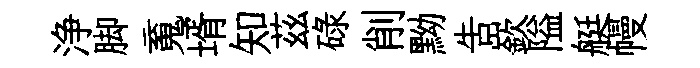
浄脚䰟壻知茲碌削黝告嶔隘艇幔